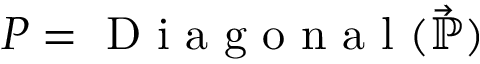
P = \mathrm { ~ D ~ i ~ a ~ g ~ o ~ n ~ a ~ l ~ } ( \vec { \mathbb { P } } )